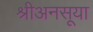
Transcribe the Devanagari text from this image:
श्रीअनसूया